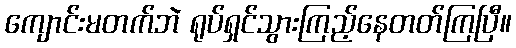
ကျောင်းမတက်ဘဲ ရုပ်ရှင်သွားကြည့်နေတတ်ကြပြီ။